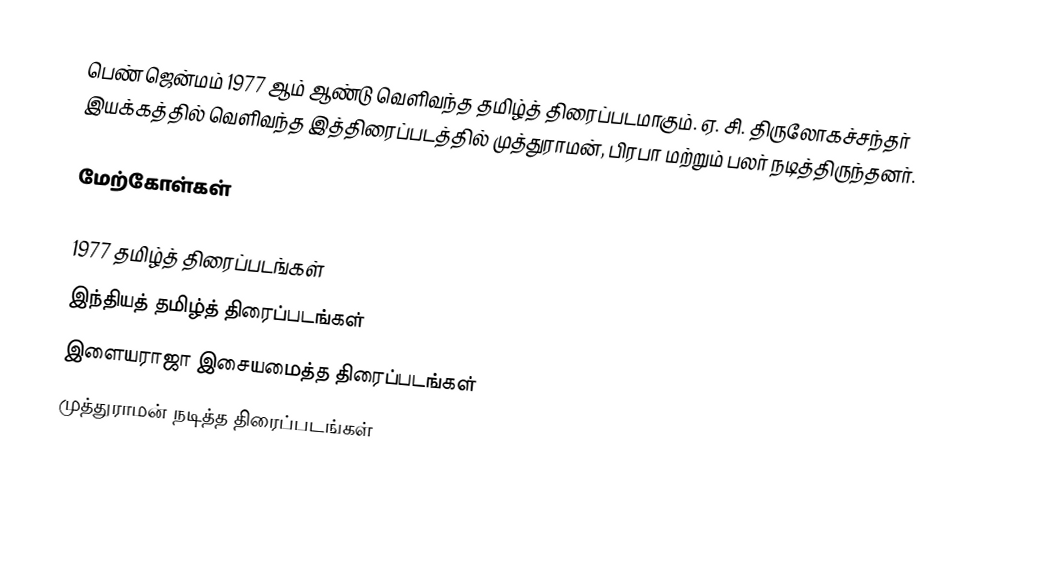
பெண் ஜென்மம் 1977 ஆம் ஆண்டு வெளிவந்த தமிழ்த் திரைப்படமாகும். ஏ. சி. திருலோகச்சந்தர் இயக்கத்தில் வெளிவந்த இத்திரைப்படத்தில் முத்துராமன், பிரபா மற்றும் பலர் நடித்திருந்தனர்.

மேற்கோள்கள்

1977 தமிழ்த் திரைப்படங்கள்
இந்தியத் தமிழ்த் திரைப்படங்கள்
இளையராஜா இசையமைத்த திரைப்படங்கள்
முத்துராமன் நடித்த திரைப்படங்கள்